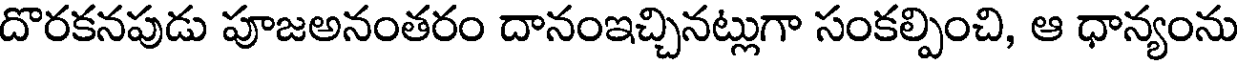
దొరకనపుడు పూజఅనంతరం దానంఇచ్చినట్లుగా సంకల్పించి, ఆ ధాన్యంను